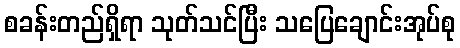
စခန်းတည်ရှိရာ သုတ်သင်ပြီး သပြေချောင်းအုပ်စု